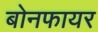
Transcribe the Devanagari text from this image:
बोनफायर